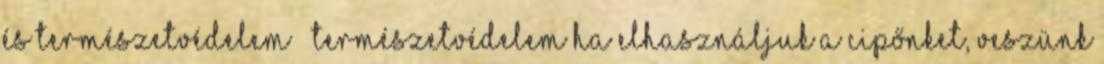
és természetvédelem Természetvédelem Ha elhasználjuk a cipőnket, veszünk